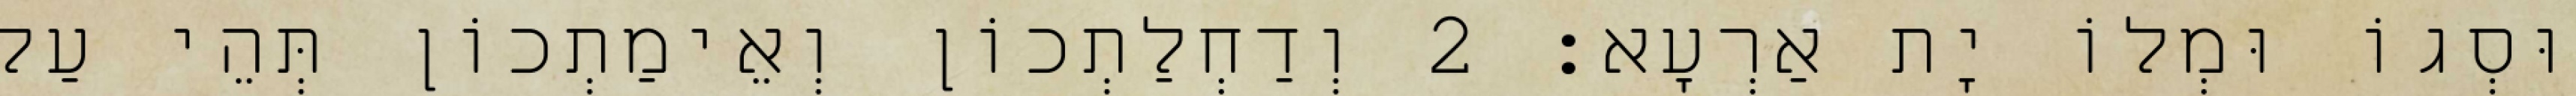
וּסְגוֹ וּמְלוֹ יָת אַרְעָא׃ 2 וְדַחְלַתְכוֹן וְאֵימַתְכוֹן תְּהֵי עַל